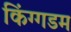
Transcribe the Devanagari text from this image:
किंग्गडम